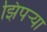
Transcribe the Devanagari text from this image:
झिपऱ्या